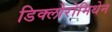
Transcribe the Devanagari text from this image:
डिक्लोरोमिथेन